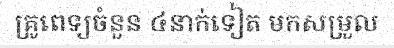
គ្រូពេទ្យចំនួន ៤នាក់ទៀត មកសម្រួល